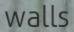
walls